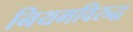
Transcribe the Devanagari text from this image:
नियमविरुद्ध